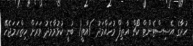
ހުރާގެ އެސިސްޓެންޓް ކޯޗް އާތިފް މުހައްމަދު )އާތީ( ބުނީ ކުޅުމާމެދު ވަރަށް ހިތްހަމަޖެހޭ